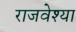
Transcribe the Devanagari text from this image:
राजवेश्या